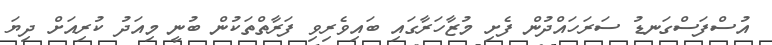
އުސްފަސްގަނޑު ސަރަހައްދުން ފެށި މުޒާހަރާގައި ބައިވެރިވި ފަރާތްތަކުން ބުނީ މިއަދު ކުރިއަށް ދިޔަ